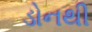
ડોનથી